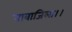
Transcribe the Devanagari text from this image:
नावाजिला।।